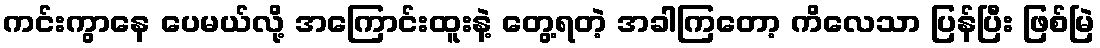
ကင်းကွာနေ ပေမယ်လို့ အကြောင်းထူးနဲ့ တွေ့ရတဲ့ အခါကြတော့ ကိလေသာ ပြန်ပြီး ဖြစ်မြဲ